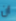
أن